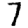
Digit: 7